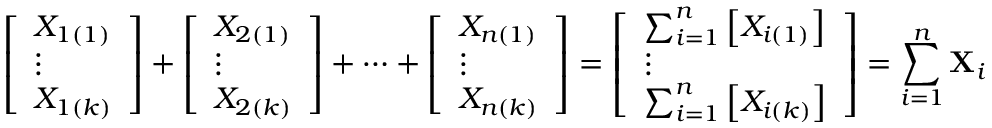
{ \left[ \begin{array} { l } { X _ { 1 ( 1 ) } } \\ { \vdots } \\ { X _ { 1 ( k ) } } \end{array} \right] } + { \left[ \begin{array} { l } { X _ { 2 ( 1 ) } } \\ { \vdots } \\ { X _ { 2 ( k ) } } \end{array} \right] } + \cdots + { \left[ \begin{array} { l } { X _ { n ( 1 ) } } \\ { \vdots } \\ { X _ { n ( k ) } } \end{array} \right] } = { \left[ \begin{array} { l } { \sum _ { i = 1 } ^ { n } \left[ X _ { i ( 1 ) } \right] } \\ { \vdots } \\ { \sum _ { i = 1 } ^ { n } \left[ X _ { i ( k ) } \right] } \end{array} \right] } = \sum _ { i = 1 } ^ { n } \mathbf { X } _ { i }